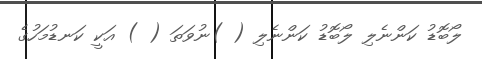
ލޯބޮޑު ކަންނެލި ލޯބޮޑު ކަންނެލި ( )ނުވަތަ ( ) އަކީ ކަނޑުމަހުގެ